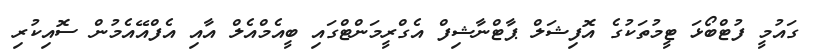
ގައުމީ ފުޓްބޯޅަ ޓީމުތަކުގެ އޮފިޝަލް ޕާޓްނާޝިފް އެގްރީމަންޓްގައި ބީއެމްއެލް އާއި އެފްއޭއެމުން ސޮއިކުރި